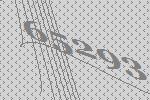
65293